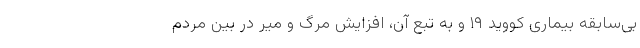
بی‌سابقه بیماری کووید ۱۹ و به تبع آن، افزایش مرگ و میر در بین مردم